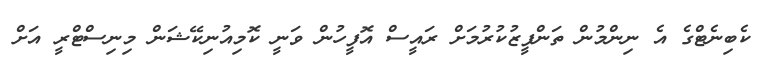
ކެބިނެޓްގެ އެ ނިންމުން ތަންފީޒުކުރުމަށް ރައީސް އޮފީހުން ވަނީ ކޮމިއުނިކޭޝަން މިނިސްޓްރީ އަށް